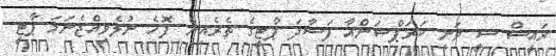
ރައީސް ޝީ ވަނީ ކަރަޕްޝަންއާ ފަސާދަ ޕާޓީގެ ތެރެއިން ފޮހެ ނުލެވިއްޖެނަމަ ޕާޓީ